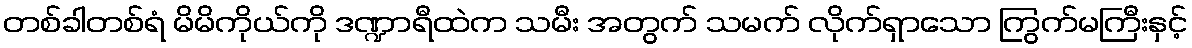
တစ်ခါတစ်ရံ မိမိကိုယ်ကို ဒဏ္ဍာရီထဲက သမီး အတွက် သမက် လိုက်ရှာသော ကြွက်မကြီးနှင့်